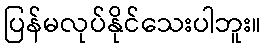
ပြန်မလုပ်နိုင်သေးပါဘူး။